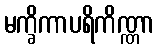
မက္ခိကာပရိကိဏ္ဏာ